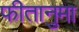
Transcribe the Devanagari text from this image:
फीतानुमा